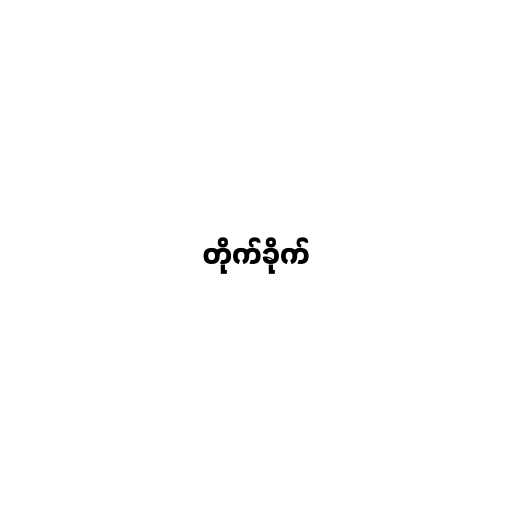
တိုက်ခိုက်